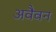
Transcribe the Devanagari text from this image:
अवैवन